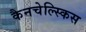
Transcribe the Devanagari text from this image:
कैनचेल्स्किस